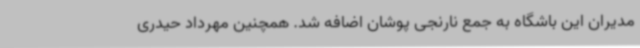
مدیران این باشگاه به جمع نارنجی پوشان اضافه شد. همچنین مهرداد حیدری